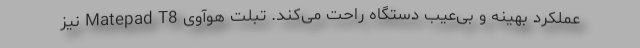
عملکرد بهینه و بی‌عیب دستگاه راحت می‌کند. تبلت هوآوی Matepad T8 نیز